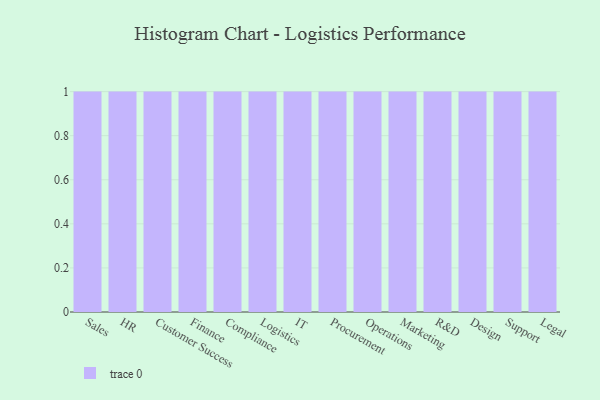
{"axis": {"x": "Department", "y": "Net Income (USD K)"}, "legend": [""], "data": [{"x": "Sales", "y": 85, "type": ""}, {"x": "HR", "y": 53, "type": ""}, {"x": "Customer Success", "y": 44, "type": ""}, {"x": "Finance", "y": 93, "type": ""}, {"x": "Compliance", "y": 6, "type": ""}, {"x": "Logistics", "y": 95, "type": ""}, {"x": "IT", "y": 24, "type": ""}, {"x": "Procurement", "y": 90, "type": ""}, {"x": "Operations", "y": 52, "type": ""}, {"x": "Marketing", "y": 90, "type": ""}, {"x": "R&D", "y": 47, "type": ""}, {"x": "Design", "y": 81, "type": ""}, {"x": "Support", "y": 80, "type": ""}, {"x": "Legal", "y": 86, "type": ""}]}